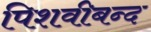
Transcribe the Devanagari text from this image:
पिशवीबन्द